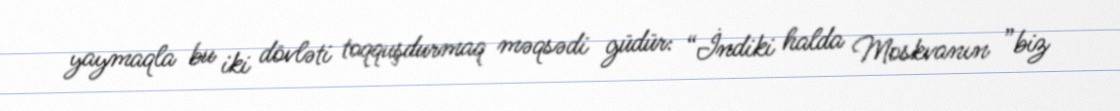
yaymaqla bu iki dövləti toqquşdurmaq məqsədi güdür: “İndiki halda Moskvanın ”biz